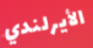
الأيرلندي